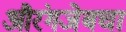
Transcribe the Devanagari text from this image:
औरंगजेबचा